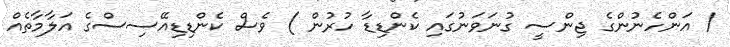
/ އަންހެނުންގެ ޖިންސީ ގުނަވަނުގައި ކެންޑިޑާ ހުރުން ) ވެސް ކެންޑިޑިއޭސިސްގެ އަލާމާތެއް